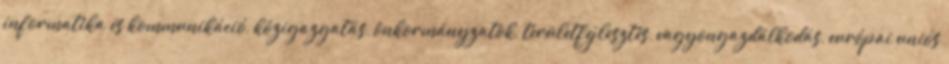
informatika és kommunikáció, közigazgatás, önkormányzatok, területfejlesztés, vagyongazdálkodás, európai uniós